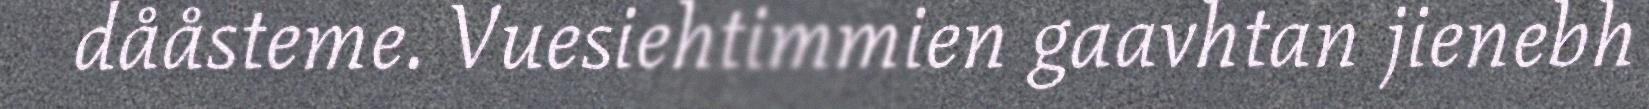
dååsteme. Vuesiehtimmien gaavhtan jienebh